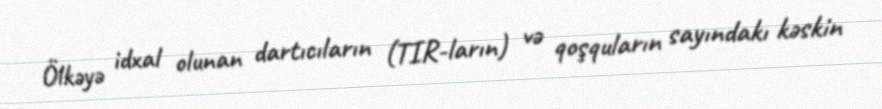
Ölkəyə idxal olunan dartıcıların (TIR-ların) və qoşquların sayındakı kəskin